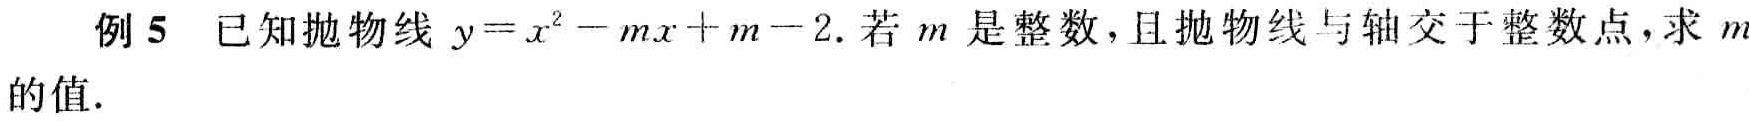
例 5 已知抛物线 \(y = x^{2}-mx + m - 2\). 若 \(m\) 是整数，且抛物线与轴交于整数点，求 \(m\) 的值.